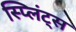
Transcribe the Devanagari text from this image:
स्प्लिंट्स